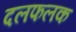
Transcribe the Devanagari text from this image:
दलफलक